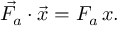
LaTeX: { \vec { F _ { a } } } \cdot { \vec { x } } = F _ { a } \, x .